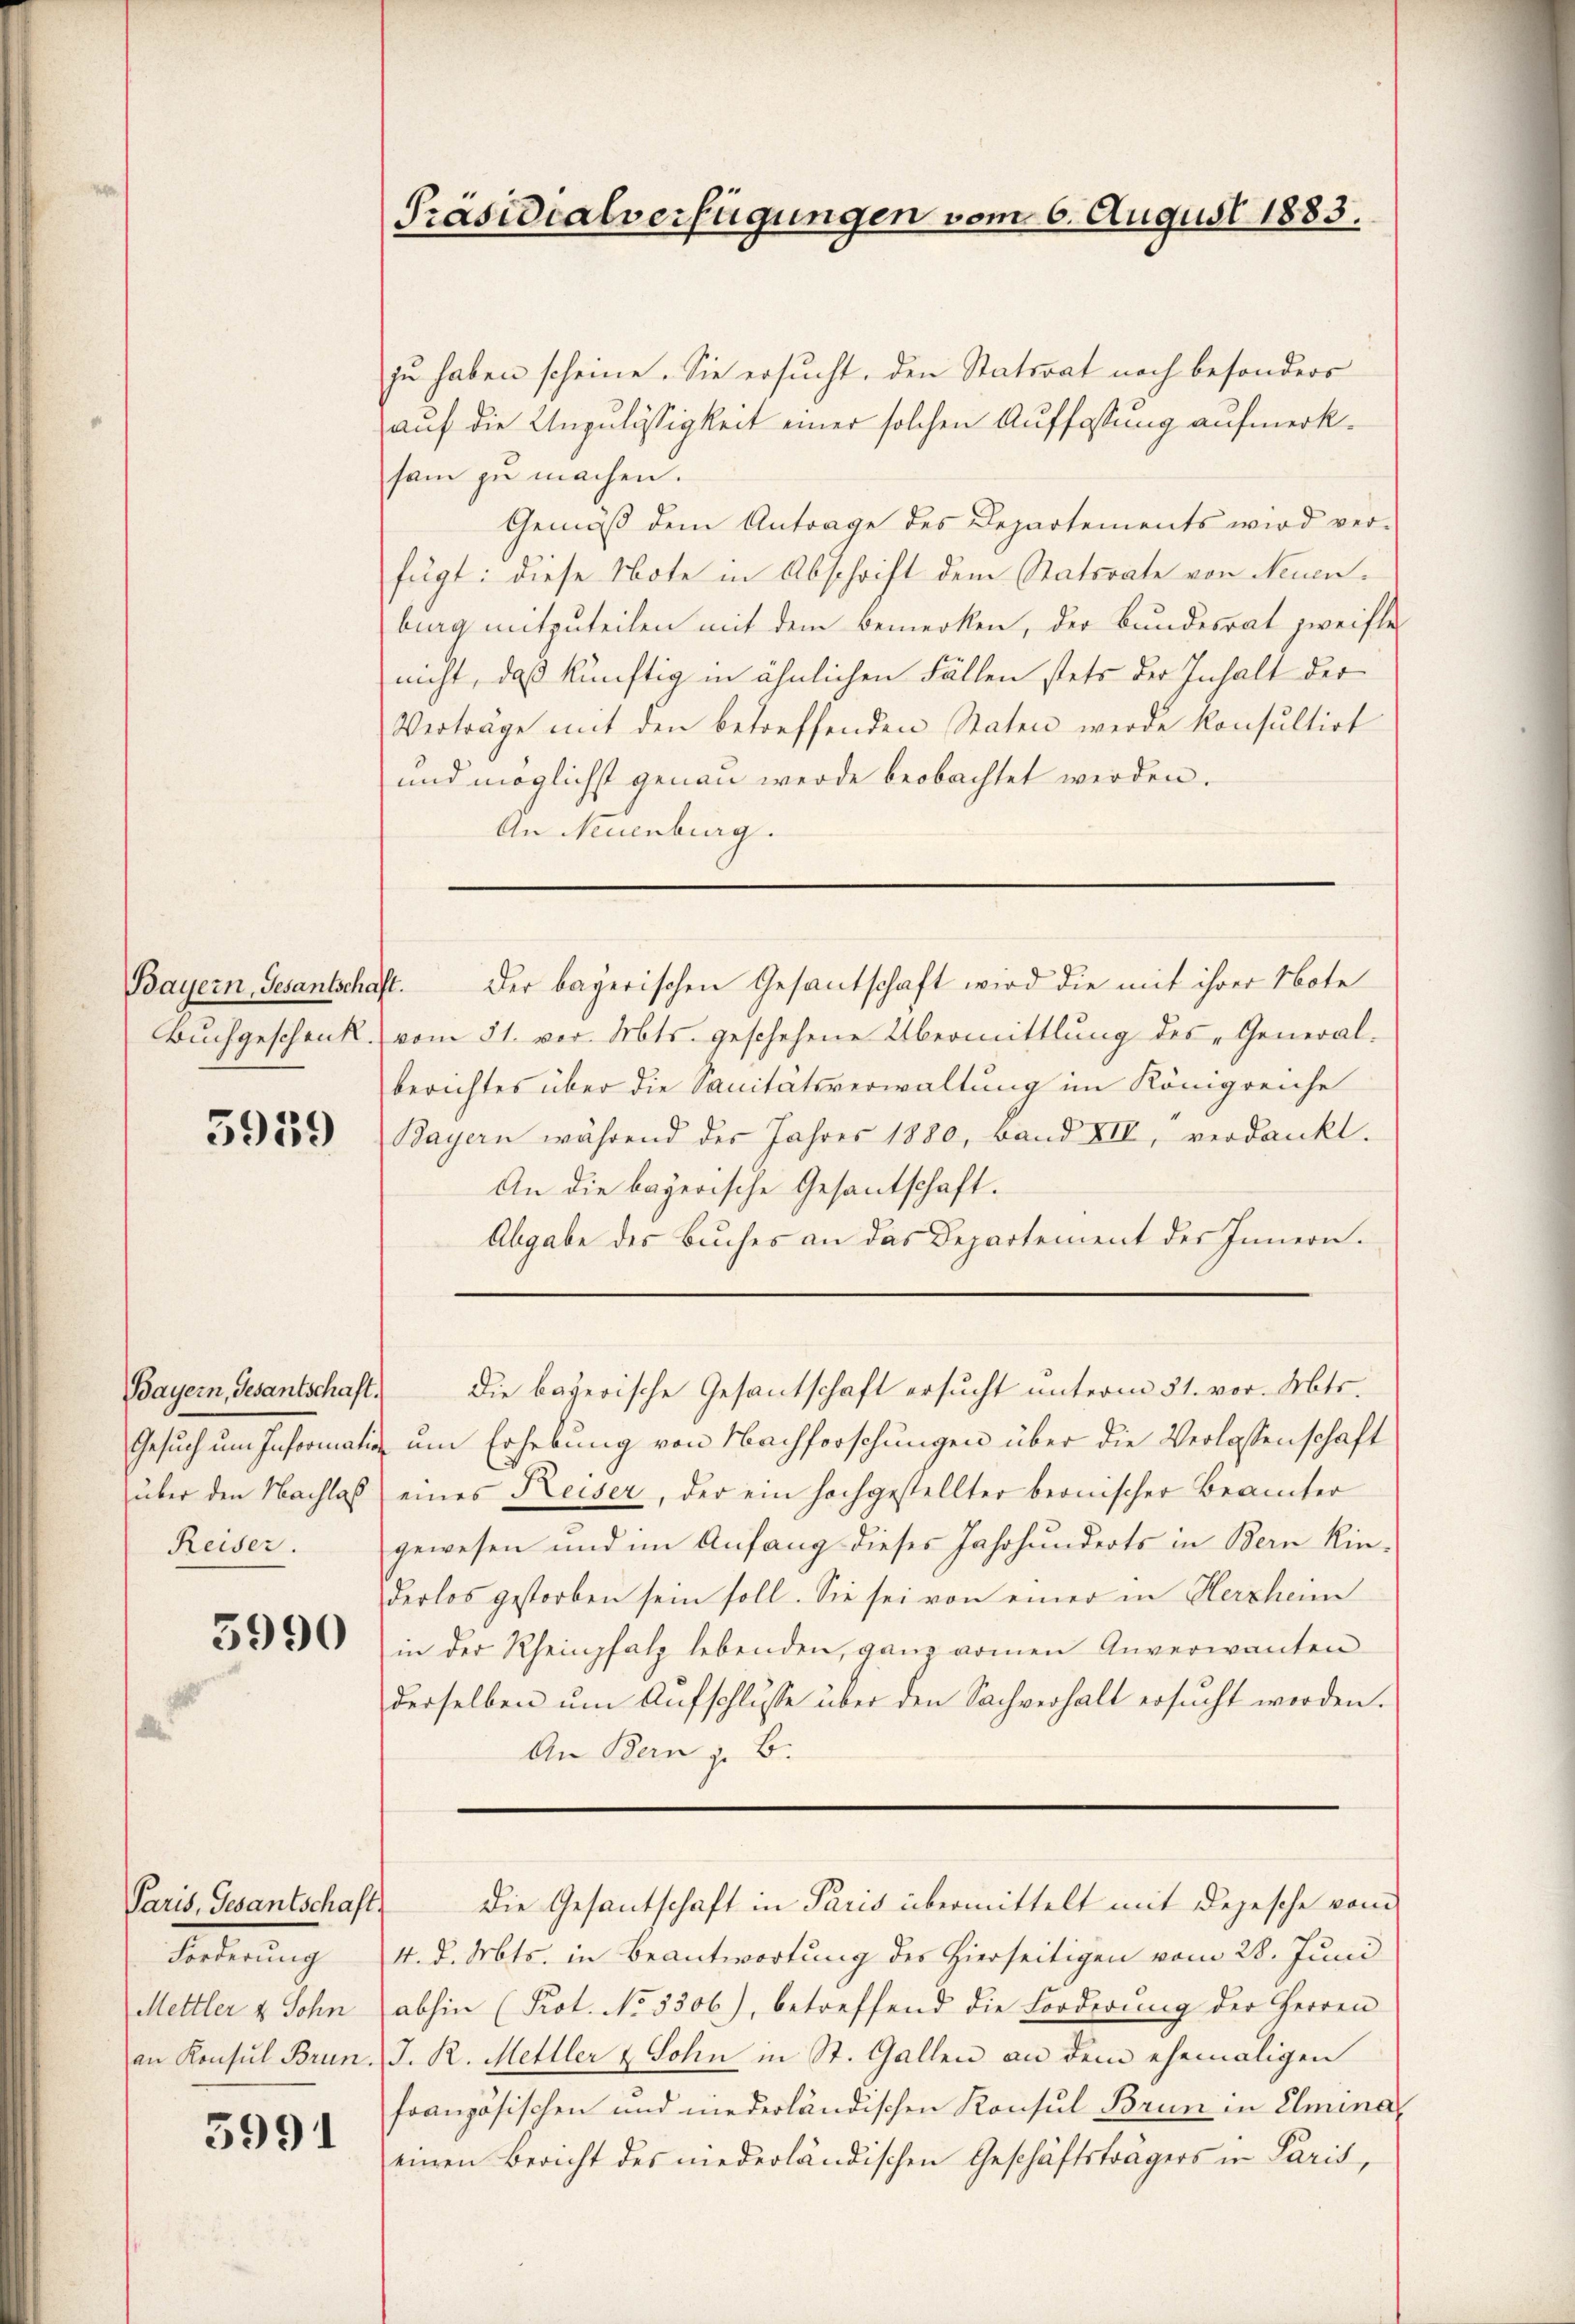
Bayern, Gesantschaft.

5959

Bayern, Gesantschaft.

5990

Paris, Gesantschaft
Forderung
Mettler & Sohn

5991

zu haben scheine. Sie ersucht, den Statsrat noch besonders
auf die Unzulässigkeit einer solchen Auffassung aufmerksam zu machen.
Gemäß dem Antrage des Departements wird ver-
fügt: diese Note in Abschrift dem Statsrate von Neuenburg mitzuteilen mit dem bemerken, der Bundesrat zweifle
nicht, daß künftig in ähnlichen Fällen stets der Inhalt der
Verträge mit den betreffenden Staten werde konsultirt
und möglichst genau werde beobachtet werden.
An Neuenburg.

Präsidialverfügungen vom 6. August 1883.

Der bayerischen Gesantschaft wird die mit ihrer Note
Buchgeschenk vom 31. vor. Mts. geschehene Übermittlung des „Generalberichtes über die Sanitätsverwaltung im Königreiche
Bayern während der Jahres 1880, Band XII, verdankt.
An die bayerische Gesantschaft.
Abgabe des Buches an das Departement des Innern.
Gesuch um Information um Erhebung von Nachforschungen über die Verlassenschaft
über den Nachlaß eines Keiser, der ein hochgestellter beonischer Beamter
Reiser. gewesen und im Anfang dieses Jahrhunderts in Bern Kin-
derlos gestorben sein soll. Sie sei von einer in Herzheim
in der Rheinpfalz lebenden, ganz armen Anverwanten
derselben ŭm Aŭfschlusse über den Sachverhalt ersŭcht werden.
An Bern z. B.

Die bayerische Gesantschaft ersucht unterm 31. vor. Mts.

4. d. Mts. in Beantwortung des Hierseitigen vom 28. Juni
abhin (Prot. No 5306), betreffend die Forderung der Herren
an Konsul Brun. J. R. Meiller & Sohn in St. Gallen an dem ehemaligen
französischen und niederländischen Konsul Brun in Elminaeinen Bericht des niederländischen Geschäftsträgers in Paris,

Die Gesantschaft in Paris übermittelt mit Depesche vom